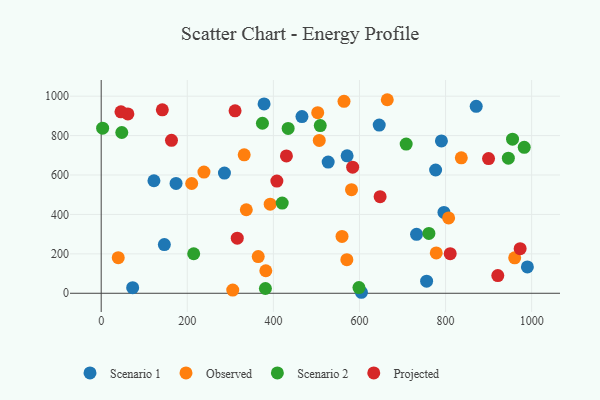
{"axis": {"x": "Study Hours", "y": "Exam Score"}, "legend": ["Observed", "Projected", "Scenario 1", "Scenario 2"], "data": [{"x": "776.9", "y": 625.5, "type": "Scenario 1"}, {"x": "604.5", "y": 5.1, "type": "Scenario 1"}, {"x": "173.9", "y": 557.1, "type": "Scenario 1"}, {"x": "796.3", "y": 410.4, "type": "Scenario 1"}, {"x": "756.0", "y": 61.6, "type": "Scenario 1"}, {"x": "527.3", "y": 665.7, "type": "Scenario 1"}, {"x": "990.1", "y": 133.5, "type": "Scenario 1"}, {"x": "871.2", "y": 948.7, "type": "Scenario 1"}, {"x": "790.4", "y": 772.9, "type": "Scenario 1"}, {"x": "466.4", "y": 896.4, "type": "Scenario 1"}, {"x": "378.4", "y": 960.9, "type": "Scenario 1"}, {"x": "645.9", "y": 853.3, "type": "Scenario 1"}, {"x": "122.5", "y": 571.0, "type": "Scenario 1"}, {"x": "571.3", "y": 697.3, "type": "Scenario 1"}, {"x": "146.7", "y": 247.0, "type": "Scenario 1"}, {"x": "286.3", "y": 609.8, "type": "Scenario 1"}, {"x": "73.1", "y": 28.6, "type": "Scenario 1"}, {"x": "732.6", "y": 299.0, "type": "Scenario 1"}, {"x": "39.6", "y": 180.7, "type": "Observed"}, {"x": "364.8", "y": 186.0, "type": "Observed"}, {"x": "836.6", "y": 687.3, "type": "Observed"}, {"x": "305.6", "y": 16.5, "type": "Observed"}, {"x": "570.7", "y": 170.5, "type": "Observed"}, {"x": "210.2", "y": 557.0, "type": "Observed"}, {"x": "238.7", "y": 614.9, "type": "Observed"}, {"x": "581.5", "y": 525.7, "type": "Observed"}, {"x": "506.6", "y": 775.5, "type": "Observed"}, {"x": "559.5", "y": 288.7, "type": "Observed"}, {"x": "332.2", "y": 702.2, "type": "Observed"}, {"x": "960.6", "y": 179.9, "type": "Observed"}, {"x": "807.1", "y": 382.5, "type": "Observed"}, {"x": "778.4", "y": 204.6, "type": "Observed"}, {"x": "503.0", "y": 916.3, "type": "Observed"}, {"x": "564.1", "y": 973.9, "type": "Observed"}, {"x": "382.4", "y": 114.4, "type": "Observed"}, {"x": "337.1", "y": 423.9, "type": "Observed"}, {"x": "392.6", "y": 452.0, "type": "Observed"}, {"x": "664.6", "y": 982.0, "type": "Observed"}, {"x": "420.5", "y": 457.6, "type": "Scenario 2"}, {"x": "508.9", "y": 851.0, "type": "Scenario 2"}, {"x": "381.5", "y": 24.3, "type": "Scenario 2"}, {"x": "982.8", "y": 740.3, "type": "Scenario 2"}, {"x": "374.6", "y": 862.6, "type": "Scenario 2"}, {"x": "598.8", "y": 28.7, "type": "Scenario 2"}, {"x": "3.3", "y": 837.5, "type": "Scenario 2"}, {"x": "955.6", "y": 782.1, "type": "Scenario 2"}, {"x": "761.3", "y": 303.8, "type": "Scenario 2"}, {"x": "47.8", "y": 815.7, "type": "Scenario 2"}, {"x": "434.3", "y": 836.5, "type": "Scenario 2"}, {"x": "214.9", "y": 200.5, "type": "Scenario 2"}, {"x": "708.5", "y": 756.8, "type": "Scenario 2"}, {"x": "945.9", "y": 685.4, "type": "Scenario 2"}, {"x": "316.1", "y": 279.8, "type": "Projected"}, {"x": "163.3", "y": 775.8, "type": "Projected"}, {"x": "142.0", "y": 930.9, "type": "Projected"}, {"x": "62.0", "y": 910.1, "type": "Projected"}, {"x": "810.8", "y": 201.0, "type": "Projected"}, {"x": "921.4", "y": 89.6, "type": "Projected"}, {"x": "311.0", "y": 925.5, "type": "Projected"}, {"x": "45.9", "y": 920.4, "type": "Projected"}, {"x": "408.1", "y": 569.4, "type": "Projected"}, {"x": "584.2", "y": 639.6, "type": "Projected"}, {"x": "648.0", "y": 490.2, "type": "Projected"}, {"x": "973.3", "y": 226.3, "type": "Projected"}, {"x": "430.3", "y": 697.1, "type": "Projected"}, {"x": "899.9", "y": 683.2, "type": "Projected"}]}